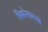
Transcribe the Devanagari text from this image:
त्रिकोनामध्ये